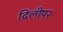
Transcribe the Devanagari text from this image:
दिलीप२